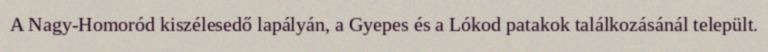
A Nagy-Homoród kiszélesedő lapályán, a Gyepes és a Lókod patakok találkozásánál települt.